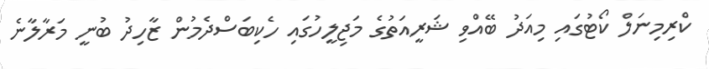
ކްރިމިނަލް ކޯޓުގައި މިއަދު ބޭއްވި ޝަރީއަތުގެ މަޖިލީހުގައި ހެކިބަސްދެމުން ޒާހިދު ބުނީ މަރާލާނެ